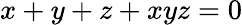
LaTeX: x+y+z+xyz=0